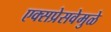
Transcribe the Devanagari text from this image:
एक्सप्रेसवेमुळे